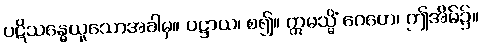
ပဋိသန္ဓေယူသောအခါမှ။ ပဋ္ဌာယ၊ စ၍။ ဣမသ္မိံ ဂေဟေ၊ ဤအိမ်၌။